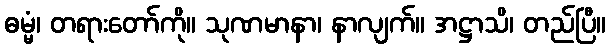
ဓမ္မံ၊ တရားတော်ကို။ သုဏမာနာ၊ နာလျက်။ အဋ္ဌာသိ၊ တည်ပြီ။